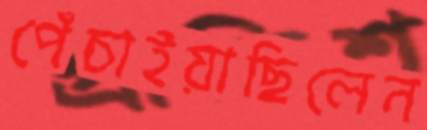
পেঁচাইয়াছিলেন